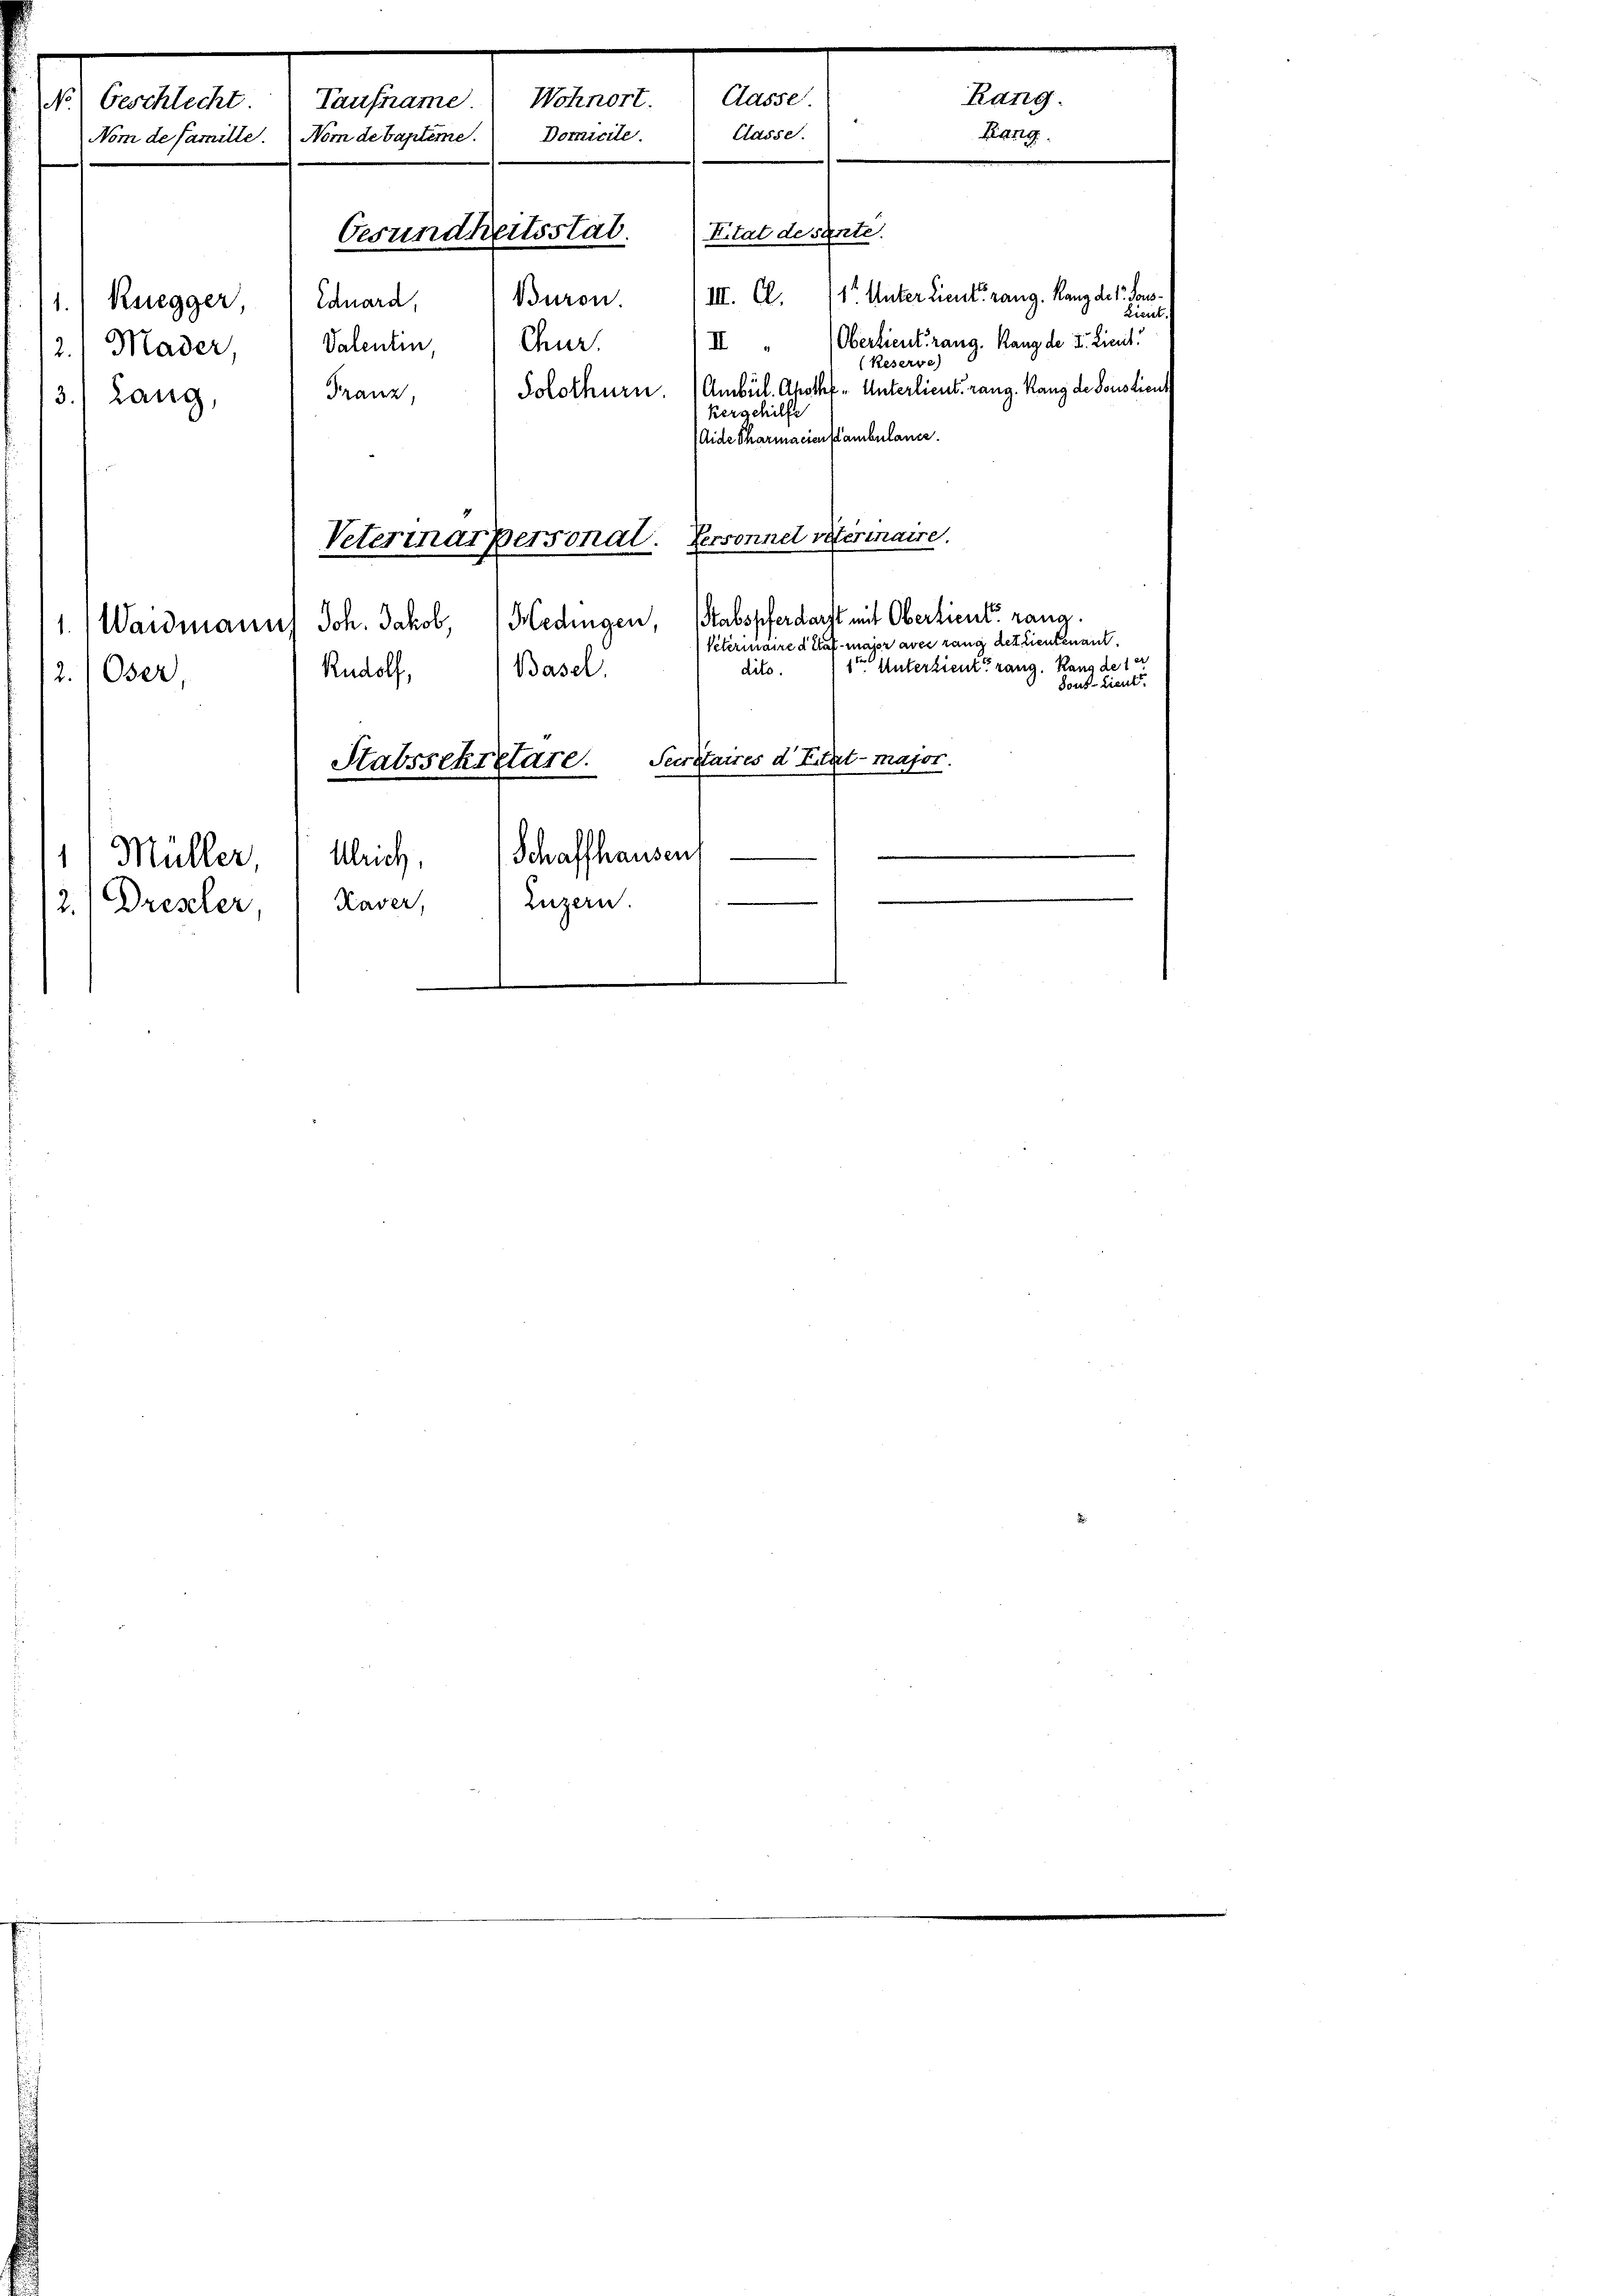
areale Gestand einer ein
Classe.
Nom de famille. Nom de bapteme. Domicile.
Titat desente.
Gesundheitsstat
Buron.
11.) Rsegger, " Eduard,
II
Valentin
Chur
/2. Mader,
Solothurn. (Ambül. Ahothf - Unterlieut. rang. Rang de Sonsticul
Franz,
3.) Lang,
kergehilfe
Aide Charmacienstambulance.
Personnel veterinaire.

1.
2.

III. Cl. 11 Unter Lieut. rang. Rang der Fors¬
Lieut.
Oberlieut rang. Rang der I. Licit
(Reserve)
Vetermarpersonal.
Hedingen, Stabspfer darft mit Oberdient rang.
Waidmanns Joh. Jakob,
Petermaire das mager aber rang betrientenant.
1ten Unterzient rang. Rang des er
dito.
Rudolf, Basel,
Oser,
Dous-Lieut.
Stabssekretare. Secretaires d. Fürt major.
e
e

Schaffhausen
Ulrich,
Müller
Kaver,
2.) Drescher
Zuzern.
9

Rang.
Rang